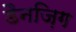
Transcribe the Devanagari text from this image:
डैनज़िग